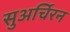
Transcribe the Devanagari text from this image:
सुअर्चिरन